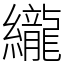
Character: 䌬